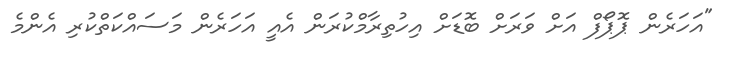
"އަހަރެން ޕޮޕޯފް އަށް ވަރަށް ބޮޑަށް އިހުތިރާމްކުރަން އެއީ އަހަރެން މަސައްކަތްކުރި އެންމެ